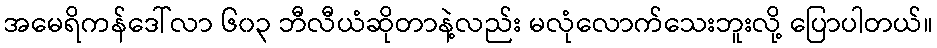
အမေရိကန်ဒေါ်လာ ၆၀၃ ဘီလီယံဆိုတာနဲ့လည်း မလုံလောက်သေးဘူးလို့ ပြောပါတယ်။